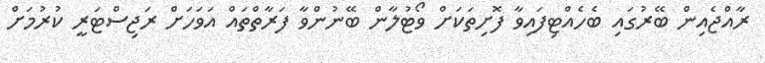
ރާއްޖެއިން ބޭރުގައި ބެހެއްޓިފައިވާ ފޮށިތަކަށް ވޯޓުލާން ބޭނުންވާ ފަރާތްތައް އަވަހަށް ރަޖިސްޓަރީ ކުރުމަށް